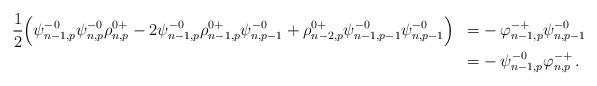
LaTeX: \begin{align*}\begin{aligned}&\frac{1}{2} \Big( \psi^{-0}_{n-1,p}\psi^{-0}_{n,p}\rho^{0+}_{n,p}-2\psi^{-0}_{n-1,p}\rho^{0+}_{n-1,p}\psi^{-0}_{n,p-1}+\rho^{0+}_{n-2,p}\psi^{-0}_{n-1,p-1}\psi^{-0}_{n,p-1} \Big) &=& - \varphi^{-+}_{n-1,p}\psi^{-0}_{n,p-1} \\&&=&- \psi^{-0}_{n-1,p} \varphi^{-+}_{n,p}\,.\end{aligned}\end{align*}